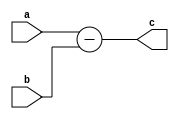
////////////////////////////////////////////////////////////////////////////////////////////////////////
//
// Institution   : Bandung Institute of Technology
//
// Module Name   : Subtraction between two input values
// Project Name  : LSI Design Contest in Okinawa 2018
// Target Devices: Zynq 7000
// Tool versions : Vivado 2016.4
//
// Description: 
// 		Subtracts two input values
// 
//
// Revision: 
// Revision 0.01 - File Created
// Additional Comments: Addtion using operator +
//
///////////////////////////////////////////////////////////////////////////////////////////////////////

module substract (a,b,c);

parameter DWIDTH=16;							
parameter AWIDTH=10;								
parameter IWIDTH=64;
parameter HiddenNeuron=16;
parameter x=4;
parameter Layer=3;

input signed [DWIDTH-1:0] a;
input signed [DWIDTH-1:0] b;
output signed [DWIDTH-1:0] c;

assign c=a-b;

endmodule